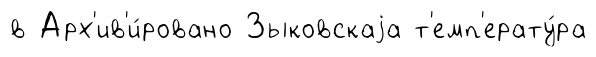
в Арх'ив'и́ровано Зыковскаjа т'емп'ерату́ра